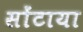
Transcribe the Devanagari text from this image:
सोंटाया